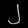
Digit: ၂